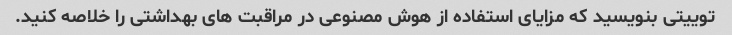
توییتی بنویسید که مزایای استفاده از هوش مصنوعی در مراقبت های بهداشتی را خلاصه کنید.